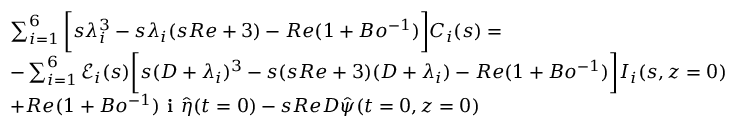
\begin{array} { r l } & { \sum _ { i = 1 } ^ { 6 } \bigg [ s \lambda _ { i } ^ { 3 } - s \lambda _ { i } ( s R e + 3 ) - R e ( 1 + B o ^ { - 1 } ) \bigg ] C _ { i } ( s ) = } \\ & { - \sum _ { i = 1 } ^ { 6 } \mathscr { E } _ { i } ( s ) \bigg [ s ( D + \lambda _ { i } ) ^ { 3 } - s ( s R e + 3 ) ( D + \lambda _ { i } ) - R e ( 1 + B o ^ { - 1 } ) \bigg ] I _ { i } ( s , z = 0 ) } \\ & { + R e ( 1 + B o ^ { - 1 } ) \textbf { i } \hat { \eta } ( t = 0 ) - s R e D \hat { \psi } ( t = 0 , z = 0 ) } \end{array}